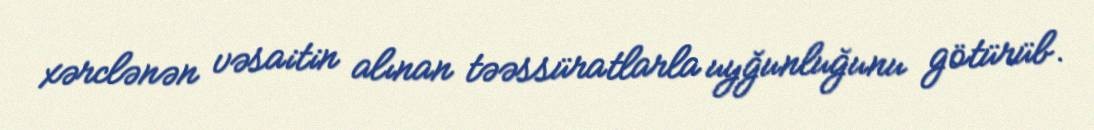
xərclənən vəsaitin alınan təəssüratlarla uyğunluğunu götürüb.